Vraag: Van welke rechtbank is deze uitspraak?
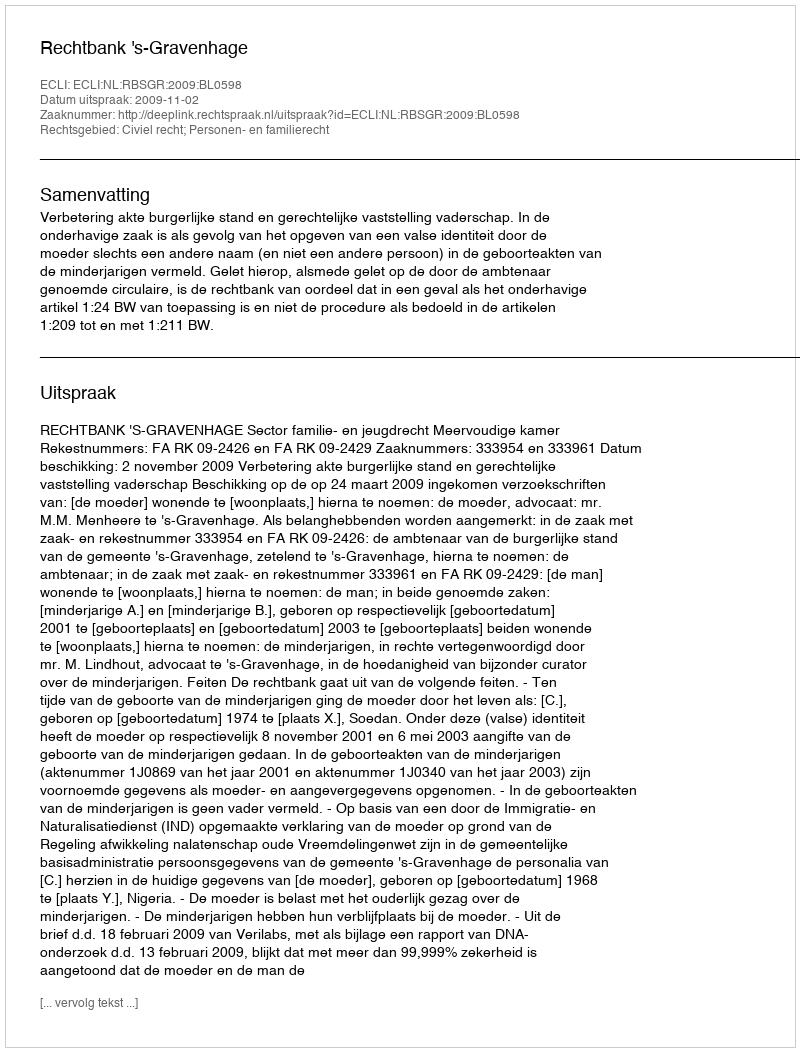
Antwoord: Rechtbank 's-Gravenhage